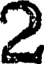
2